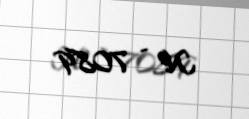
№ - 7089